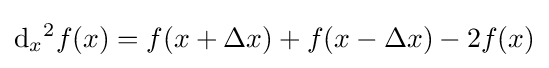
{\text{d}}_{x}{}^{2}f(x)=f(x+\Delta x)+f(x-\Delta x)-2f(x)